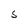
Character: S